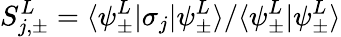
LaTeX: S_{j,\pm}^{L}=\langle\psi_{\pm}^{L}|\sigma_{j}|\psi_{\pm}^{L}\rangle/\langle\psi_{\pm}^{L}|\psi_{\pm}^{L}\rangle